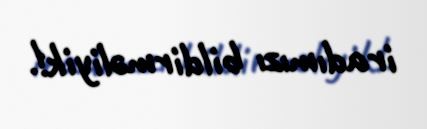
iradımızı bildirməliyik!.